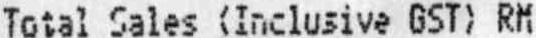
TOTAL SALES (INCLUSIVE GST) RM